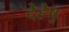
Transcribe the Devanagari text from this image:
देहेषु